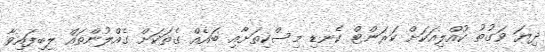
ދިޔަ ވަގުތު ކުއްލިއަކަށް ކަރަންޓް ކެނޑި މިސްކިތަށާއި ބައެއް ގެތަކަށް ގެއްލުންތައް ލިބިފައިވާ